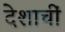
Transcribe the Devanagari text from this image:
देशाचीं